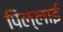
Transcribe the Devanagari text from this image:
पिल्लाई